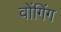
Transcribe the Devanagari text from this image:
वोंगिंग